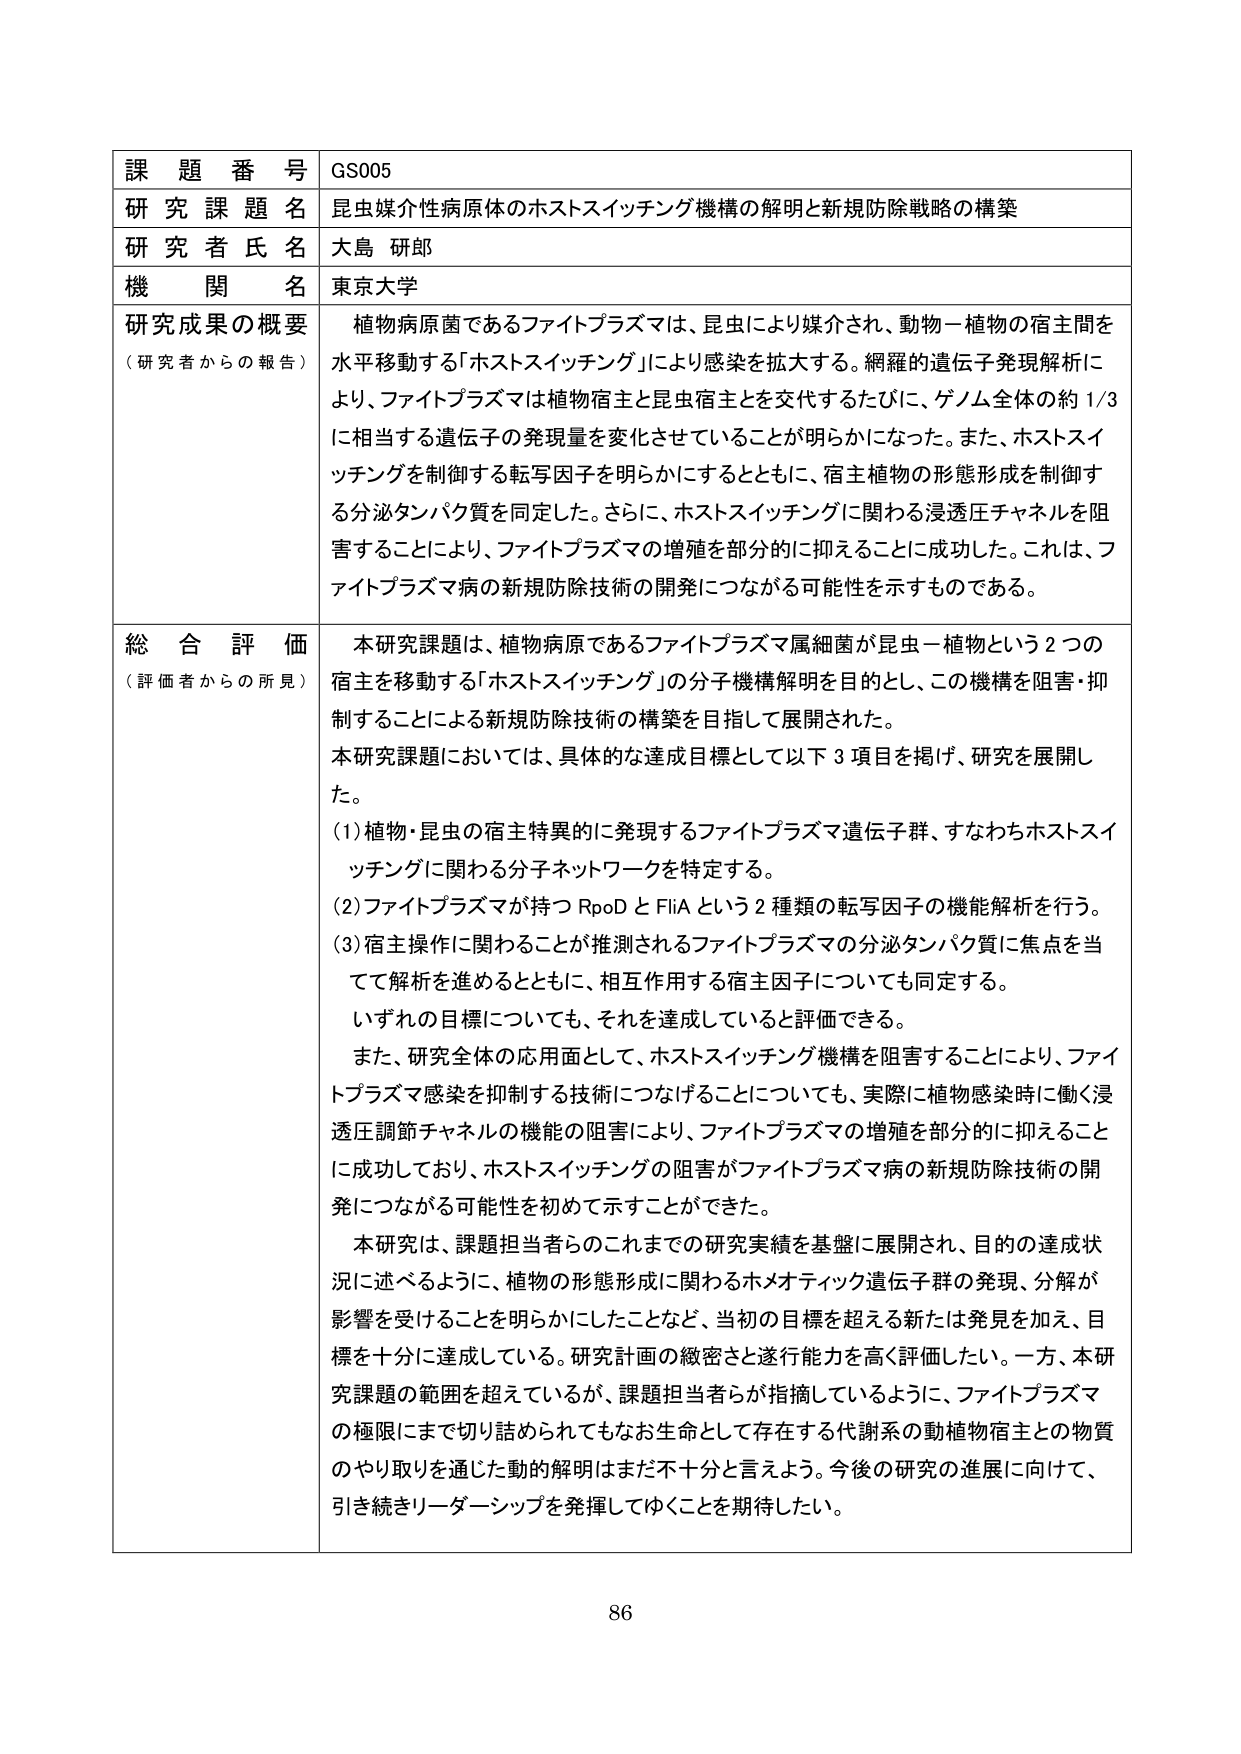
課題番号 GS005
研究課題名 昆虫媒介性病原体のホストスイッチング機構の解明と新規防除戦略の構築
研究者氏名 大島 研郎
機関名 東京大学

研究成果の概要
（研究者からの報告）
植物病原菌であるファイトプラズマは、昆虫により媒介され、動物－植物の宿主間を水平移動する「ホストスイッチング」により感染を拡大する。網羅的遺伝子発現解析により、ファイトプラズマは植物宿主と昆虫宿主とを交代するたびに、ゲノム全体の約1/3に相当する遺伝子の発現量を変化させていることが明らかになった。また、ホストスイッチングを制御する転写因子を明らかにするとともに、宿主植物の形態形成を制御する分泌タンパク質を同定した。さらに、ホストスイッチングに関わる浸透圧チャネルを阻害することにより、ファイトプラズマの増殖を部分的に抑えることに成功した。これは、ファイトプラズマ病の新規防除技術の開発につながる可能性を示すものである。

総合評価
（評価者からの所見）
本研究課題は、植物病原であるファイトプラズマ属細菌が昆虫－植物という2つの宿主を移動する「ホストスイッチング」の分子機構解明を目的とし、この機構を阻害・抑制することによる新規防除技術の構築を目指して展開された。

本研究課題においては、具体的な達成目標として以下3項目を掲げ、研究を展開した。
(1) 植物・昆虫の宿主異常に発現するファイトプラズマ遺伝子群、すなわちホストスイッチングに関わる分子ネットワークを特定する。
(2) ファイトプラズマが持つRpoDとFliAという2種類の転写因子の機能解析を行う。
(3) 宿主操作に関わることが推測されるファイトプラズマの分泌タンパク質に焦点を当てて解析を進めるとともに、相互作用する宿主因子についても同定する。

いずれの目標についても、それを達成していると評価できる。

また、研究全体の応用面として、ホストスイッチング機構を阻害することにより、ファイトプラズマ感染を抑制する技術につなげることについても、実際に植物感染時に働く浸透圧調節チャネルの機能の阻害により、ファイトプラズマの増殖を部分的に抑えることに成功しており、ホストスイッチングの阻害がファイトプラズマ病の新規防除技術の開発につながる可能性を初めて示すことができた。

本研究は、課題担当者らのこれまでの研究実績を基盤に展開され、目的の達成状況に述べるように、植物の形態形成に関わるホメオティック遺伝子群の発現、分解が影響を受けることを明らかにしたことなど、当初の目標を超える新たな発見を加え、目標を十分に達成している。研究計画の緻密さと遂行能力を高く評価したい。一方、本研究課題の範囲を超えているが、課題担当者らが指摘しているように、ファイトプラズマの極限にまで切り詰められてもなお生命として存在する代謝系の動植物宿主との物質のやり取りを通じた動的解明はまだ不十分と言えよう。今後の研究の進展に向けて、引き続きリーダーシップを発揮してゆくことを期待したい。

86